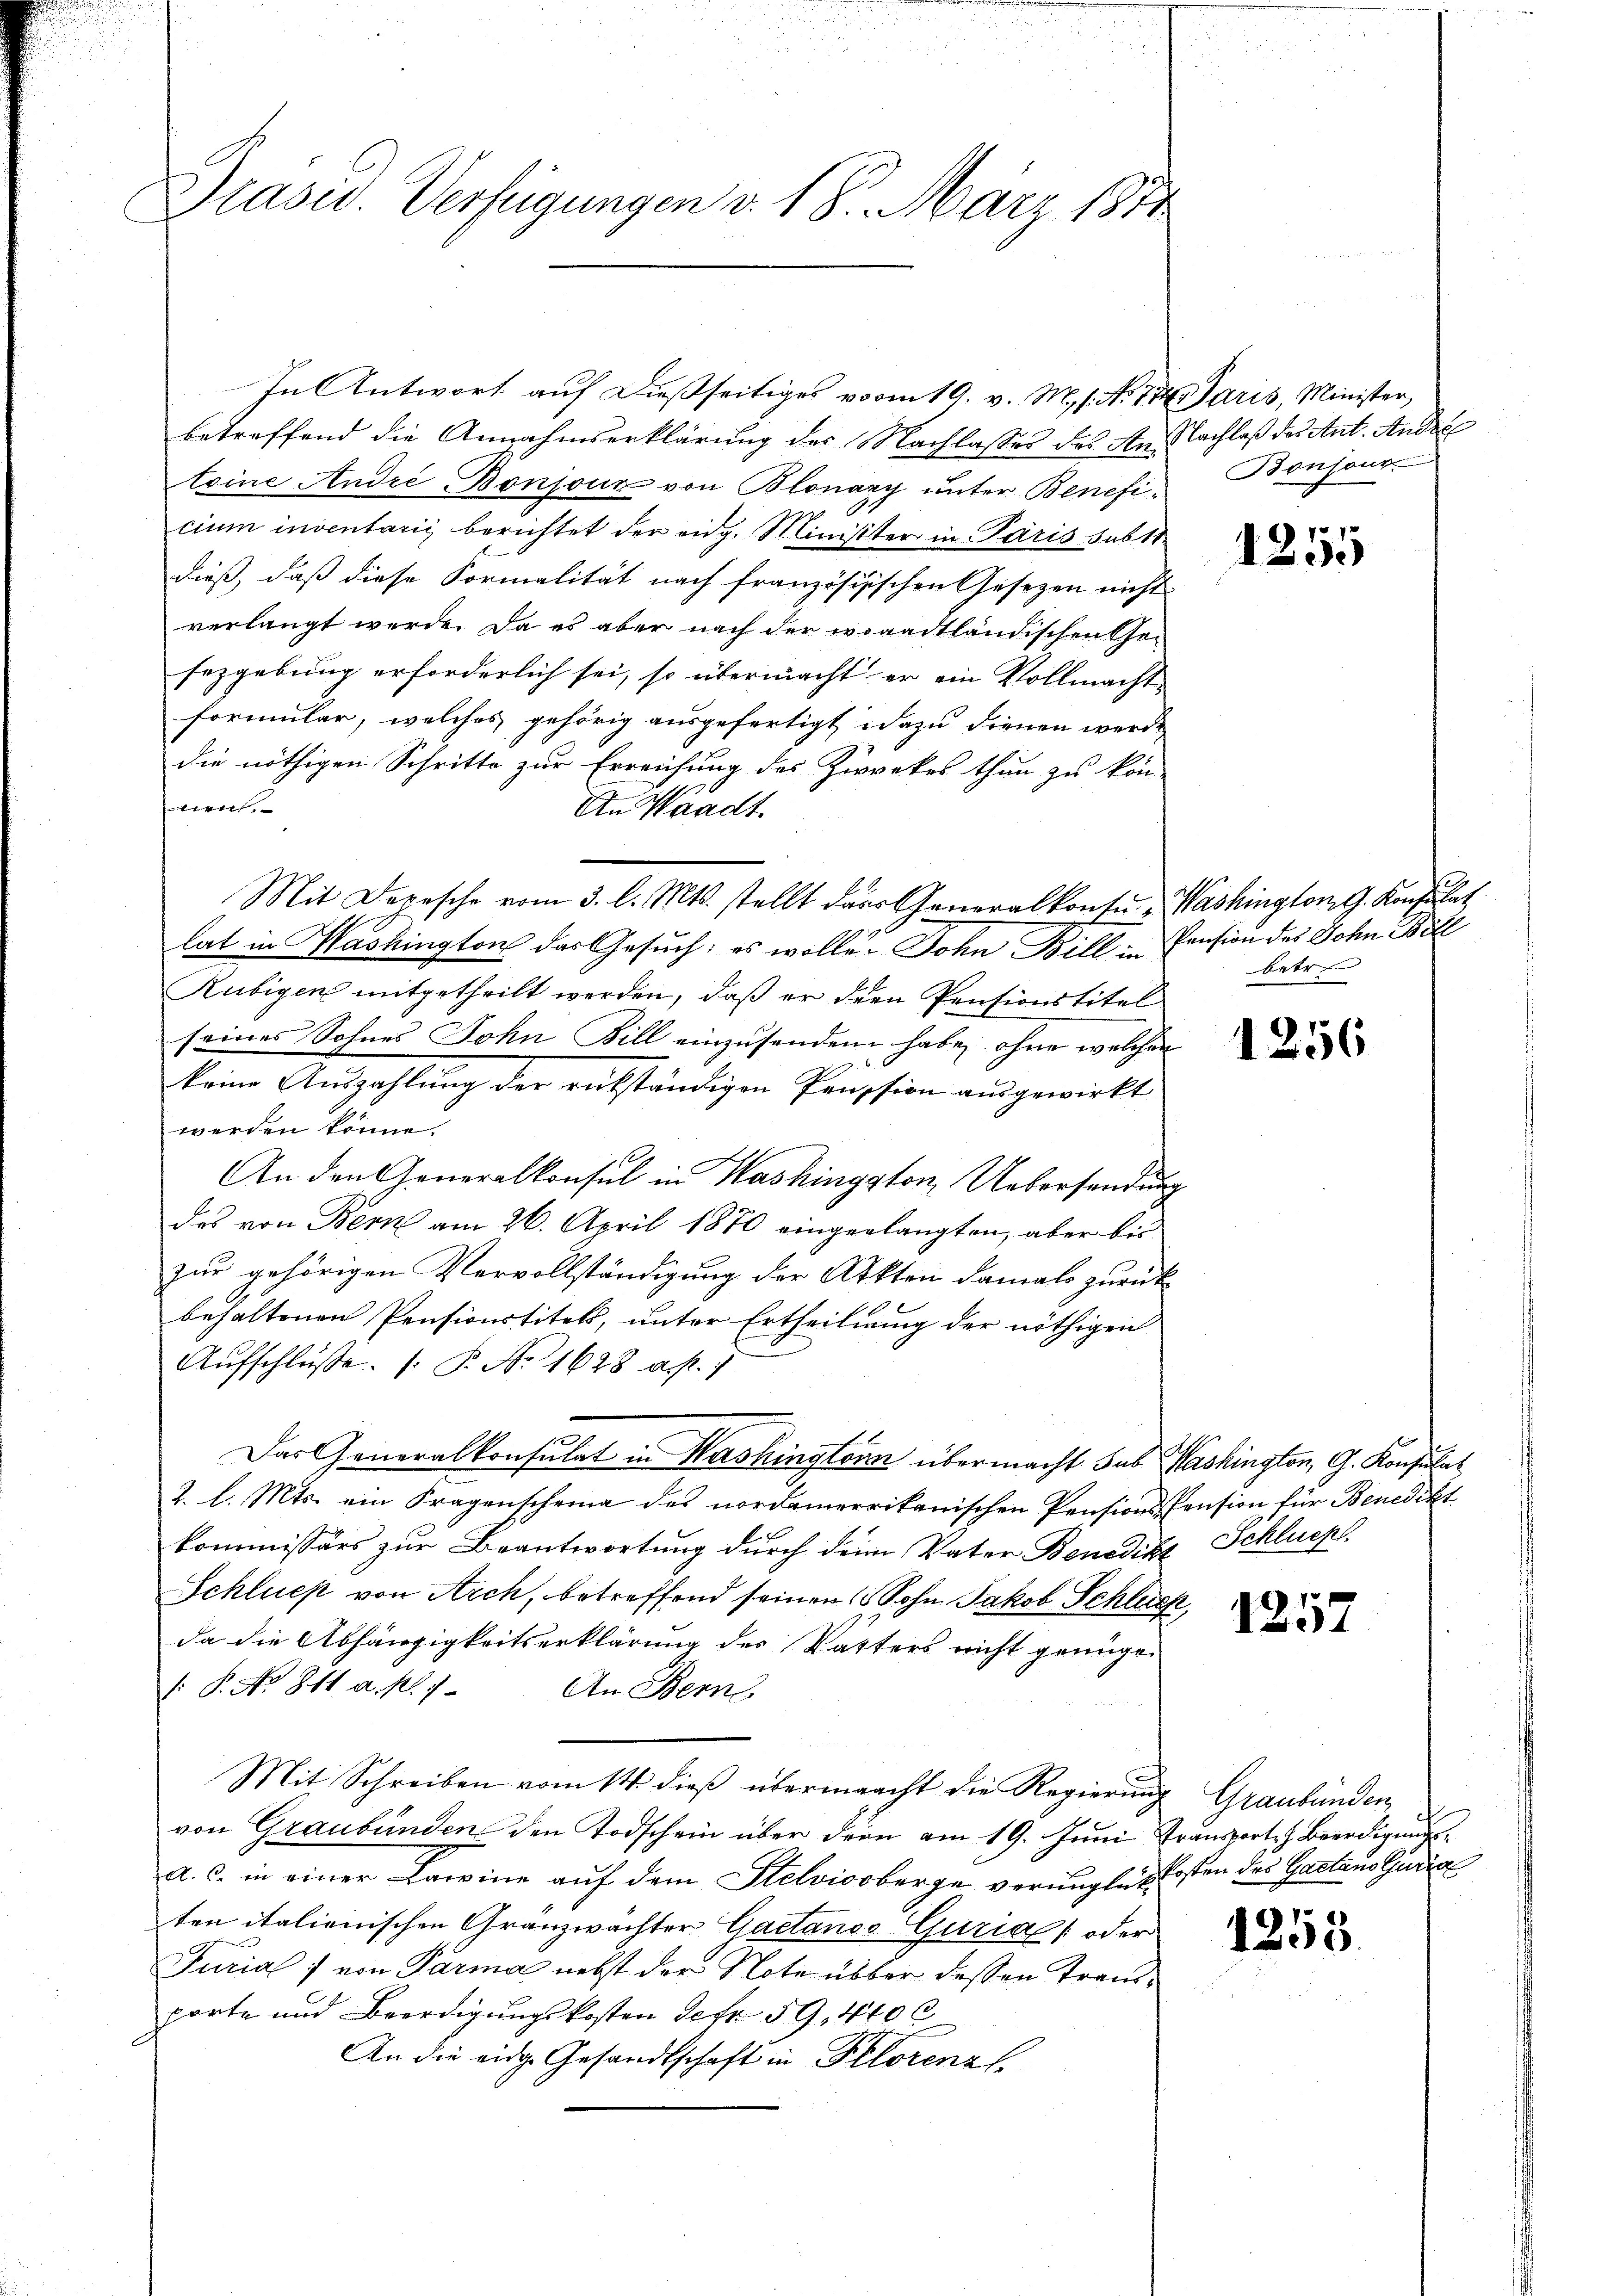
Präsid. Verfügungen v. 18. März 1871

In Antwort auf dießseitiges vom 19. v. M. s. No. 144. Paris, Minister,
betreffend die Annahmserklärung des Nachlasses des An Nachlaß des Ant. Andre
teine André Bonjour von Blonany unter Benefi- Bonsour
cium inventarii berichtet der eidg. Minister in Paris subt
dieß, daß diese Formalität nach französisischen Gesezen nicht
verlangt werde. Da es aber nach der ersaadtländischen Ge¬
Erzgebung erforderlich sei, so übermacht er ein Vollmacht
formular, welches gehörig ausgefertigt dazu dienen werde,
die nöthigen Schritte zur Erreichung des Zweckes thun zu kön-
nent
An Waadt.
Mit Depesche vom 3. l. Mts. stellt das Generalkonte. Washington G. Konsulat
lat in Washington das Gesuch: es wolle. Sohn Bill in Pension des John Bill
Rubigen mitgetheilt werden, daß er den Pensionstitel
seines Sohnes John Bill einzusenden habe, ohne welcher
.
keine Auszahlung der rükständigen Pression ausgewirkt
werden könne.
An den Generalkonsul in Washingston Uebersendung
das von Bern am 26. April 1870 eingerlangten, aber bis
zur gehörigen Vervollständigung der Akten damals zurück
behaltenen Pensionstitels, unter Ertheilung der nöthigen
Aŭfschlüsse. (T. No 1628 a. p.)
Das Generalkonsulat in Washingtern übermacht sub Washington, G. Konsulat
2. l. Mts. ein Fragenscheine des nordamerikanischen Pensions-Pension für Benedikt
kommissärs zur Beantwortung durch dein Vater Benedikt Schluess
Schlues von Arch, betreffend seinen ( Sohn Jakob Schluch
da die Abhängigkeitserklärung des Vatters nicht genügen
: P. No 811. a. p. 1
An Berne
Mit Schreiben vom 14. dieß übermaacht die Regierung Graubünden
von Graubünden den Todschein über der am 19. Juni Transporte Beerdigung
a. c. in einer Bareine auf dem Stelviooberge verunglich kosten des Gaetano Guria
ten italienischen Granzwächter Gaetanos Guria [oder
Furial von Parma nebst der Note über dessen Transporte und Beerdigungskosten Gefr. 59, 410 C
An die eidge Gesandtschaft in Pelorenal

1255

betr

1256

1257

1253